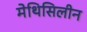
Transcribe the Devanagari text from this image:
मेथिसिलीन